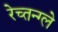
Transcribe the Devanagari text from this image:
रेच्तन्ग्ले